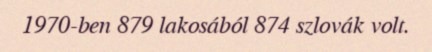
1970-ben 879 lakosából 874 szlovák volt.